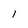
Character: l